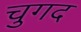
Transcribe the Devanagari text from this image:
चुगद